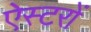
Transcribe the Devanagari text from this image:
ऐस्टरों